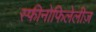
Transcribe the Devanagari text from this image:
स्फीनोफिलेलीज़